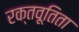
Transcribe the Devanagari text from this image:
रक्तवूतिता